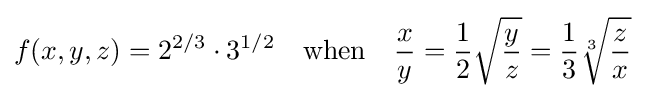
f(x,y,z)=2^{2/3}\cdot 3^{1/2}\quad {\mbox{when}}\quad {\frac {x}{y}}={\frac {1}{2}}{\sqrt {\frac {y}{z}}}={\frac {1}{3}}{\sqrt[{3}]{\frac {z}{x}}}